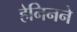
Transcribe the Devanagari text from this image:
हेनिनने